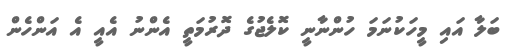
ބަލާ އައި މީހަކުނަމަ ހުންނާނީ ކޮލެޖުގެ ދޮރުމަތީ އެންނު އެއީ އެ އަންހެން